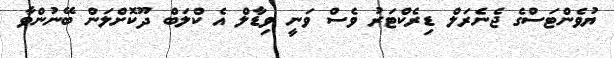
ޔުވެންޓަސްގެ ޖެނެރަލް ޑިރެކްޓަރު ވެސް ވަނީ ވިޑާލް އެ ކްލަބް ދޫކޮށްލަން ބޭނުންވާ